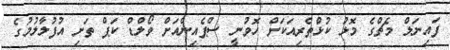
ފައިނަލް މެޗްގެ މޮޅު ކުޅުްތެރިއަކަށް ހޮވުނީ ސްޕެއިންއަށް ވޯލްޑް ކަޕް ތަށި އުފުލާލުމުގެ